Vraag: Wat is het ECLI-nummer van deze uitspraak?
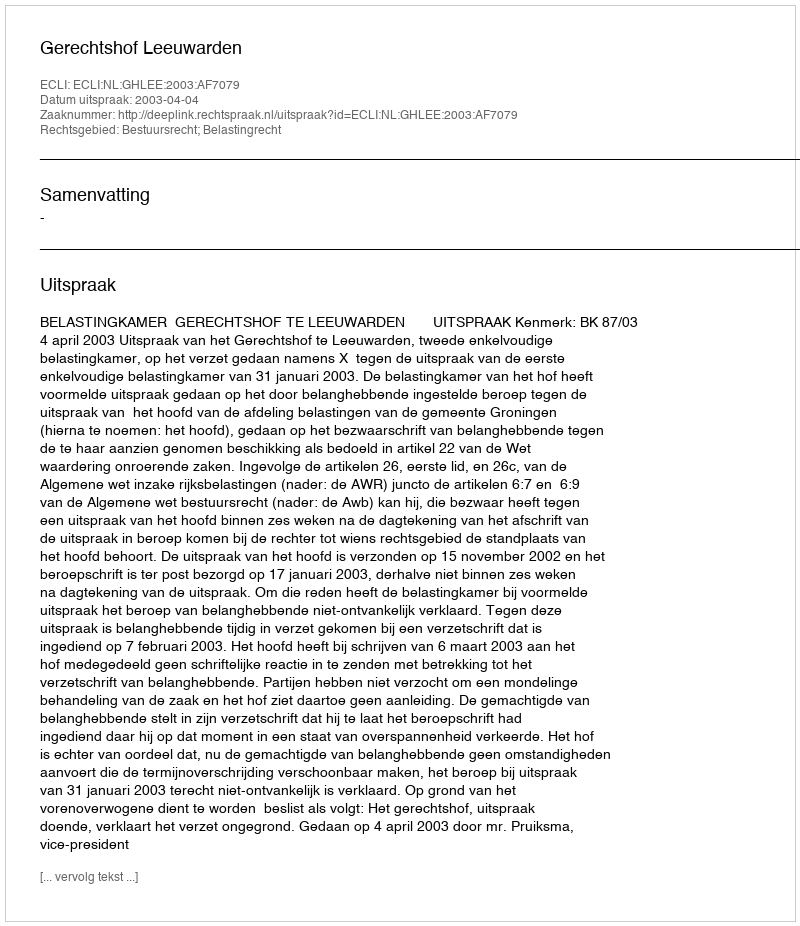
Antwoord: ECLI:NL:GHLEE:2003:AF7079